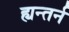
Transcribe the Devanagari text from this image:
ह्यन्तर्न